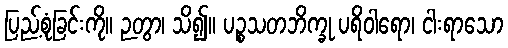
ပြည့်စုံခြင်းကို။ ဉတွာ၊ သိ၍။ ပဉ္စသတဘိက္ခု ပရိဝါရော၊ ငါးရာသော